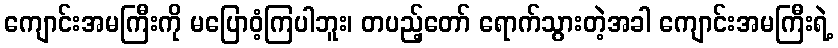
ကျောင်းအမကြီးကို မပြောဝံ့ကြပါဘူး၊ တပည့်တော် ရောက်သွားတဲ့အခါ ကျောင်းအမကြီးရဲ့